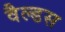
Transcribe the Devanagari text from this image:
वैल्डस